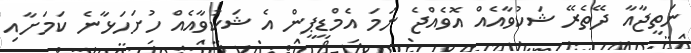
ނަތީޖާއާ ދޭތެރޭ ޝަކުވާއެއް އޮވެއްޖެ ނަމަ އެމްޑީޕީން އެ ޝަކުވާއެއް ހުށަހަޅާނެ ކަމަށާއި